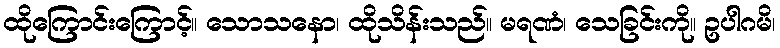
ထိုကြောင်းကြောင့်။ သောသနော၊ ထိုသိန်းသည်။ မရဏံ၊ သေခြင်းကို။ ဥပါဂမိ၊